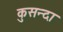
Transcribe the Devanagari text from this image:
कुसन्दा